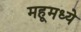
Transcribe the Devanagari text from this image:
महूमध्ये